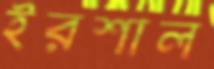
ইরশাল